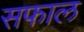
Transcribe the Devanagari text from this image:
सफाल